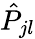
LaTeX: \hat{P}_{jl}